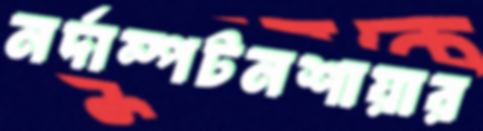
নর্দাম্পটনশায়ার